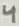
Text: 4